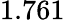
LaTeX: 1.761